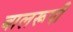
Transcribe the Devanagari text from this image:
बालरूपी